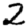
Digit: 2